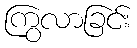
ကြွလာခြင်း